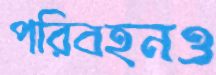
পরিবহনও